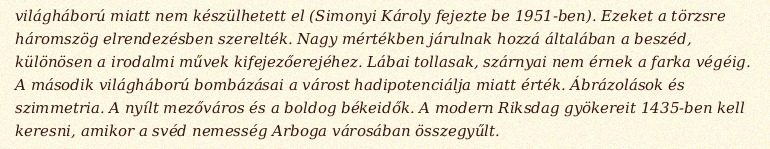
világháború miatt nem készülhetett el (Simonyi Károly fejezte be 1951-ben). Ezeket a törzsre háromszög elrendezésben szerelték. Nagy mértékben járulnak hozzá általában a beszéd, különösen a irodalmi művek kifejezőerejéhez. Lábai tollasak, szárnyai nem érnek a farka végéig. A második világháború bombázásai a várost hadipotenciálja miatt érték. Ábrázolások és szimmetria. A nyílt mezőváros és a boldog békeidők. A modern Riksdag gyökereit 1435-ben kell keresni, amikor a svéd nemesség Arboga városában összegyűlt.